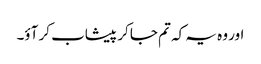
اور وہ یہ کہ تم جا کر پیشاب کر آؤ۔